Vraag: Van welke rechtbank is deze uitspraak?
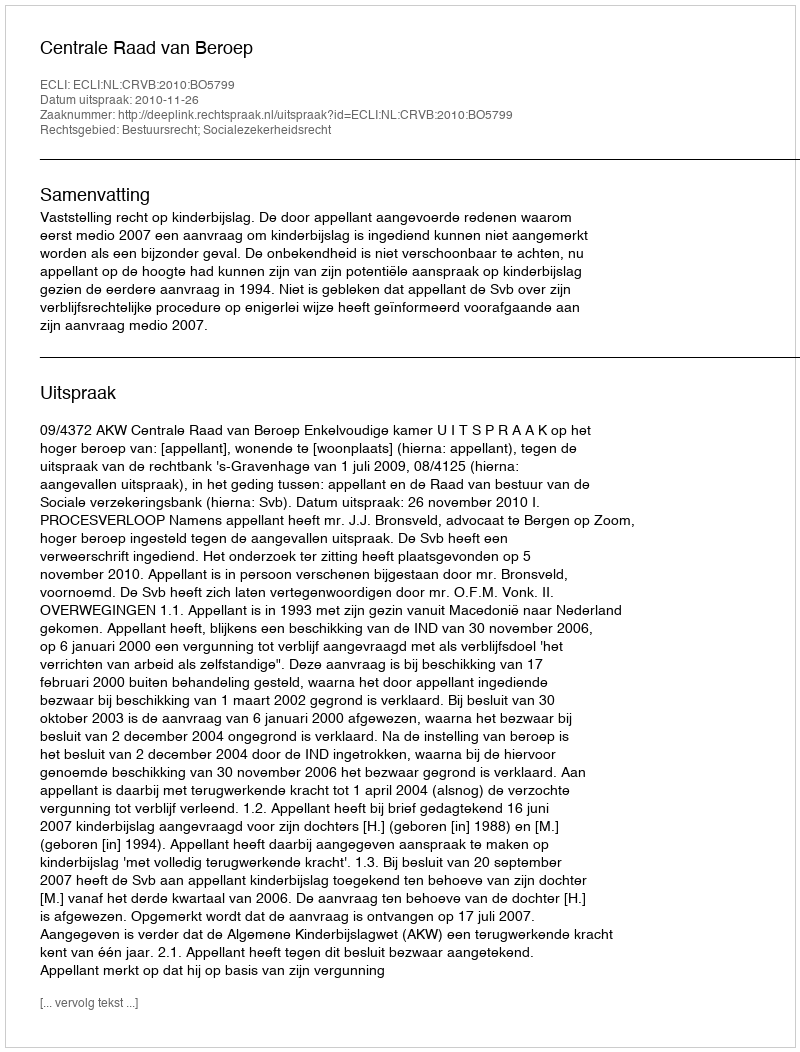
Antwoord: Centrale Raad van Beroep